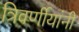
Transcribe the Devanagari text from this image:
त्रिवर्णीयांनी